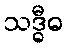
သဒ္ဓီဓ